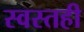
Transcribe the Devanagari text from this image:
स्वस्तही